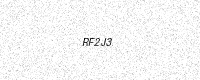
Text: RF2J3